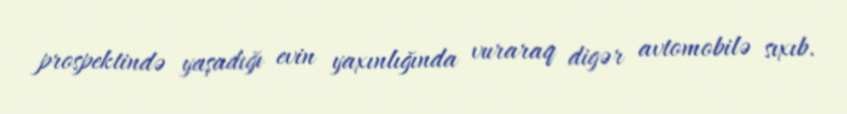
prospektində yaşadığı evin yaxınlığında vuraraq digər avtomobilə sıxıb.